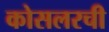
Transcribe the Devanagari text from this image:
कोसलरची